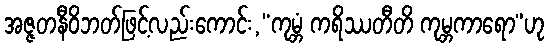
အဇ္ဇတနီဝိဘတ်ဖြင့်လည်းကောင်း,“ကုမ္ဘံ ကရိဿတီတိ ကုမ္ဘကာရော”ဟု